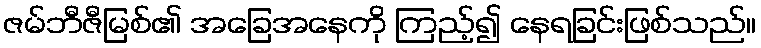
ဇမ်ဘီဇီမြစ်၏ အခြေအနေကို ကြည့်၍ နေရခြင်းဖြစ်သည်။